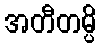
အတီတမ္ပိ